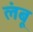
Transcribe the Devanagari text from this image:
लंबू